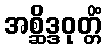
အစ္ဆိဒ္ဒဝုတ္တိံ